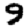
Digit: 9